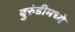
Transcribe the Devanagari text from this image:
बुरुंडीमध्ये